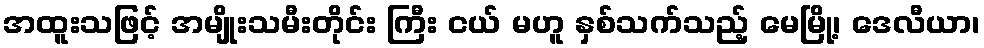
အထူးသဖြင့် အမျိုးသမီးတိုင်း ကြီး ငယ် မဟူ နှစ်သက်သည့် မေမြို့၊ ဒေလီယာ၊